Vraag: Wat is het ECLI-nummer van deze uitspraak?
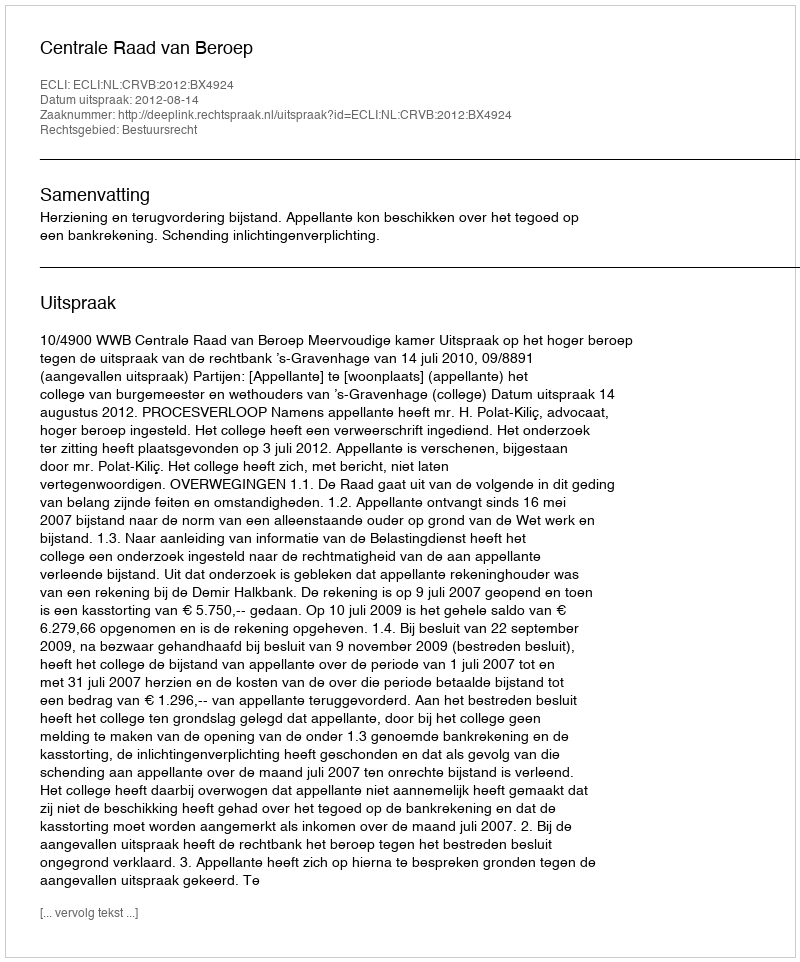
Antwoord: ECLI:NL:CRVB:2012:BX4924